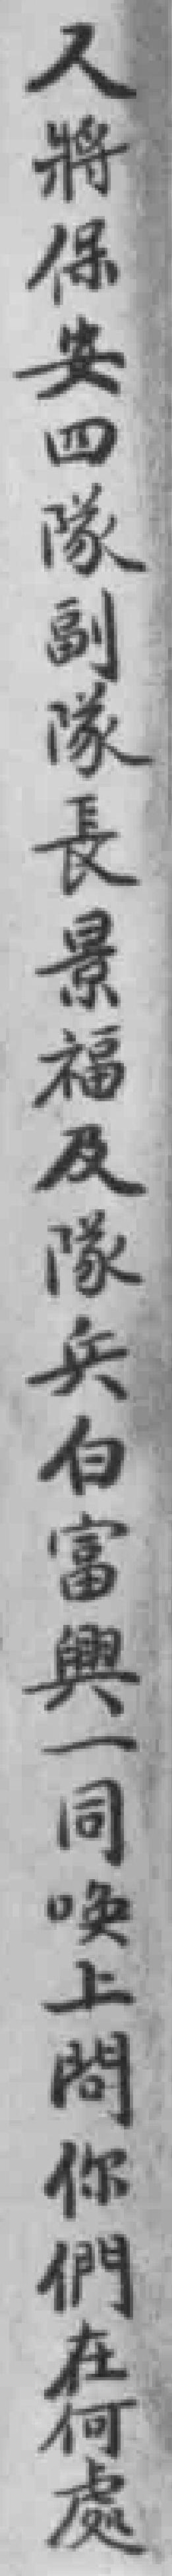
又將保安四隊副隊長景福及隊兵白富興一同唤上問你們在何處